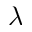
\lambda